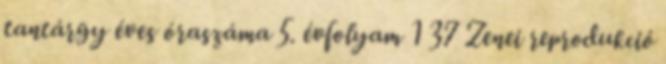
tantárgy éves óraszáma 5. évfolyam 1 37 Zenei reprodukció